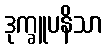
ဒုက္ခူပနိသာ